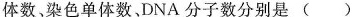
体数、染色单体数、DNA 分子数分别是( )